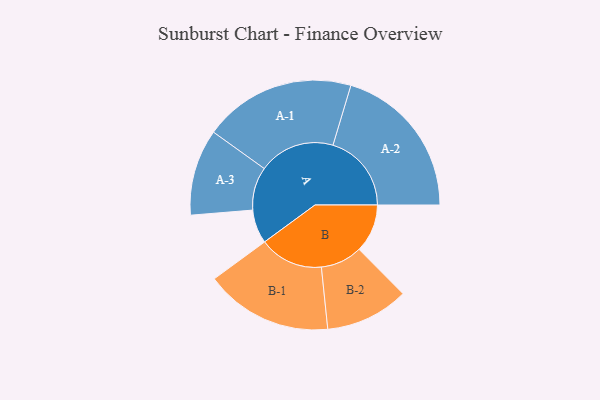
{"axis": {"x": "Segment", "y": "Value"}, "legend": ["", "A", "B"], "data": [{"x": "A", "y": 111, "type": ""}, {"x": "B", "y": 159, "type": ""}, {"x": "A-1", "y": 250, "type": "A"}, {"x": "A-2", "y": 258, "type": "A"}, {"x": "A-3", "y": 142, "type": "A"}, {"x": "B-1", "y": 210, "type": "B"}, {"x": "B-2", "y": 137, "type": "B"}]}